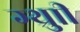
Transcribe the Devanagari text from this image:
ग्थ्रुाी